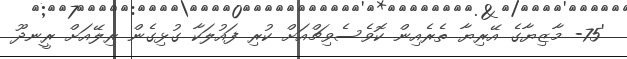
'75- މާޒިޔާގެ އޭރިޔާ ތެރެއިން ކޮވެސެވިޗްއަށް ކުރި ފައުލަކާ ގުޅިގެން ރިލޭއަށް ރީނދޫ